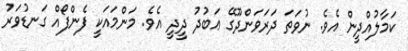
ކަމާލުއްދީން އެވެ. ނުވަތަ ދަރަވަންދޫގޭ ޢަބުދު ދީދީ އެވެ. މަންމައަކީ ފެންފޯއް ގަނޑުވަރު